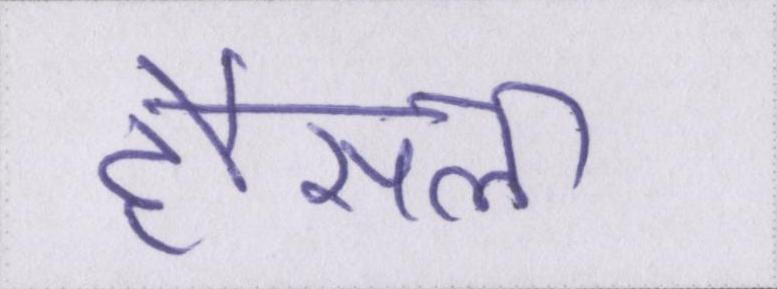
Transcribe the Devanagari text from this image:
हौंसला